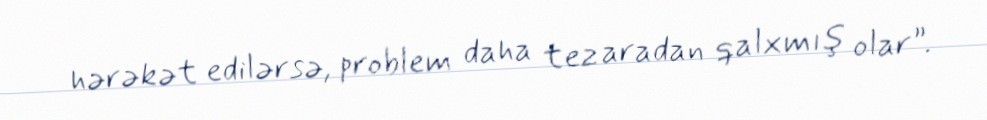
hərəkət edilərsə, problem daha tez aradan qalxmış olar”.